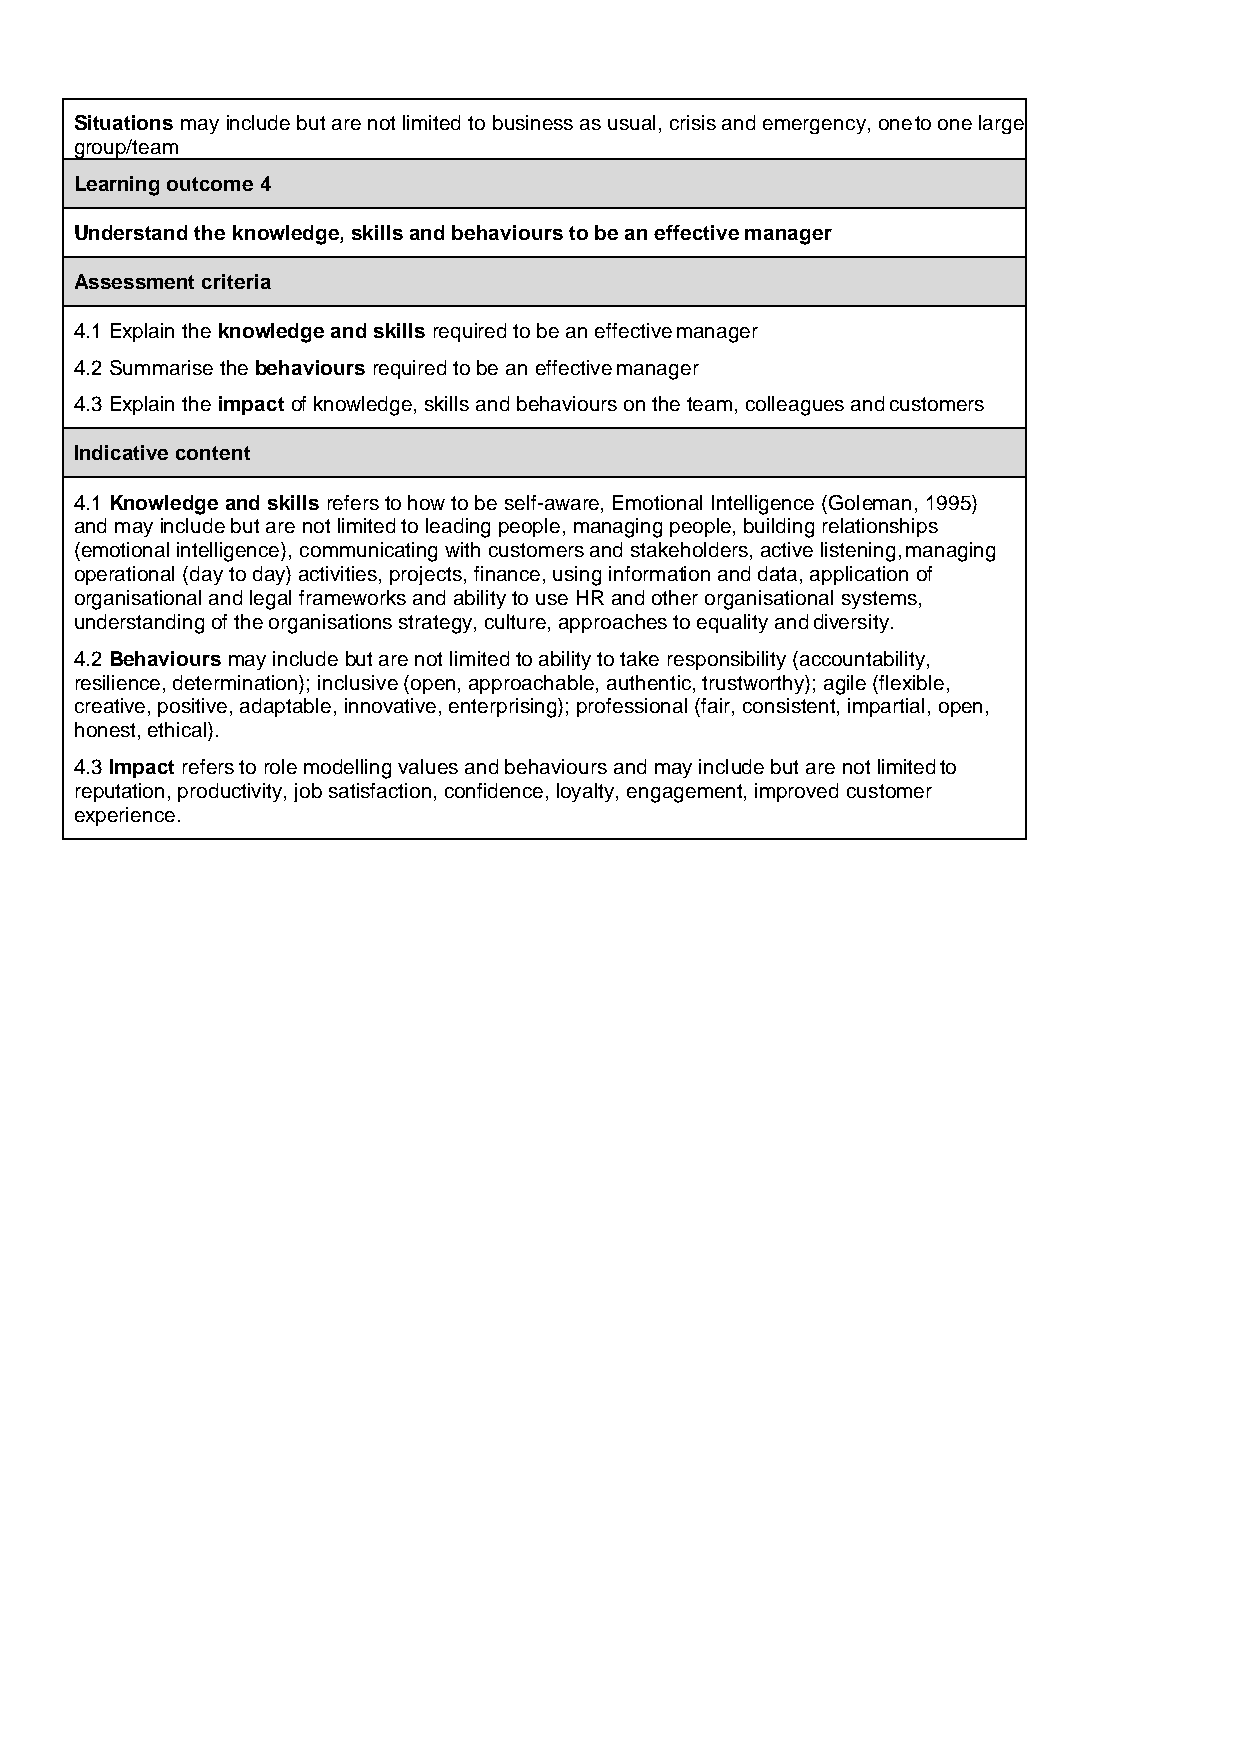
Situations may include but are not limited to business as usual, crisis and emergency, one to one large
 group/team
 Learning outcome 4
 Understand the knowledge, skills and behaviours to be an effective manager
 Assessment criteria
 4.1 Explain the knowledge and skills required to be an effective manager
 4.2 Summarise the behaviours required to be an effective manager
 4.3 Explain the impact of knowledge, skills and behaviours on the team, colleagues and customers
 Indicative content
 4.1 Knowledge and skills refers to how to be self-aware, Emotional Intelligence (Goleman, 1995)
 and may include but are not limited to leading people, managing people, building relationships
 (emotional intelligence), communicating with customers and stakeholders, active listening, managing
 operational (day to day) activities, projects, finance, using information and data, application of
 organisational and legal frameworks and ability to use HR and other organisational systems,
 understanding of the organisations strategy, culture, approaches to equality and diversity.
 4.2 Behaviours may include but are not limited to ability to take responsibility (accountability,
 resilience, determination); inclusive (open, approachable, authentic, trustworthy); agile (flexible,
 creative, positive, adaptable, innovative, enterprising); professional (fair, consistent, impartial, open,
 honest, ethical).
 4.3 Impact refers to role modelling values and behaviours and may include but are not limited to
 reputation, productivity, job satisfaction, confidence, loyalty, engagement, improved customer
 experience.
 6